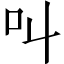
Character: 叫